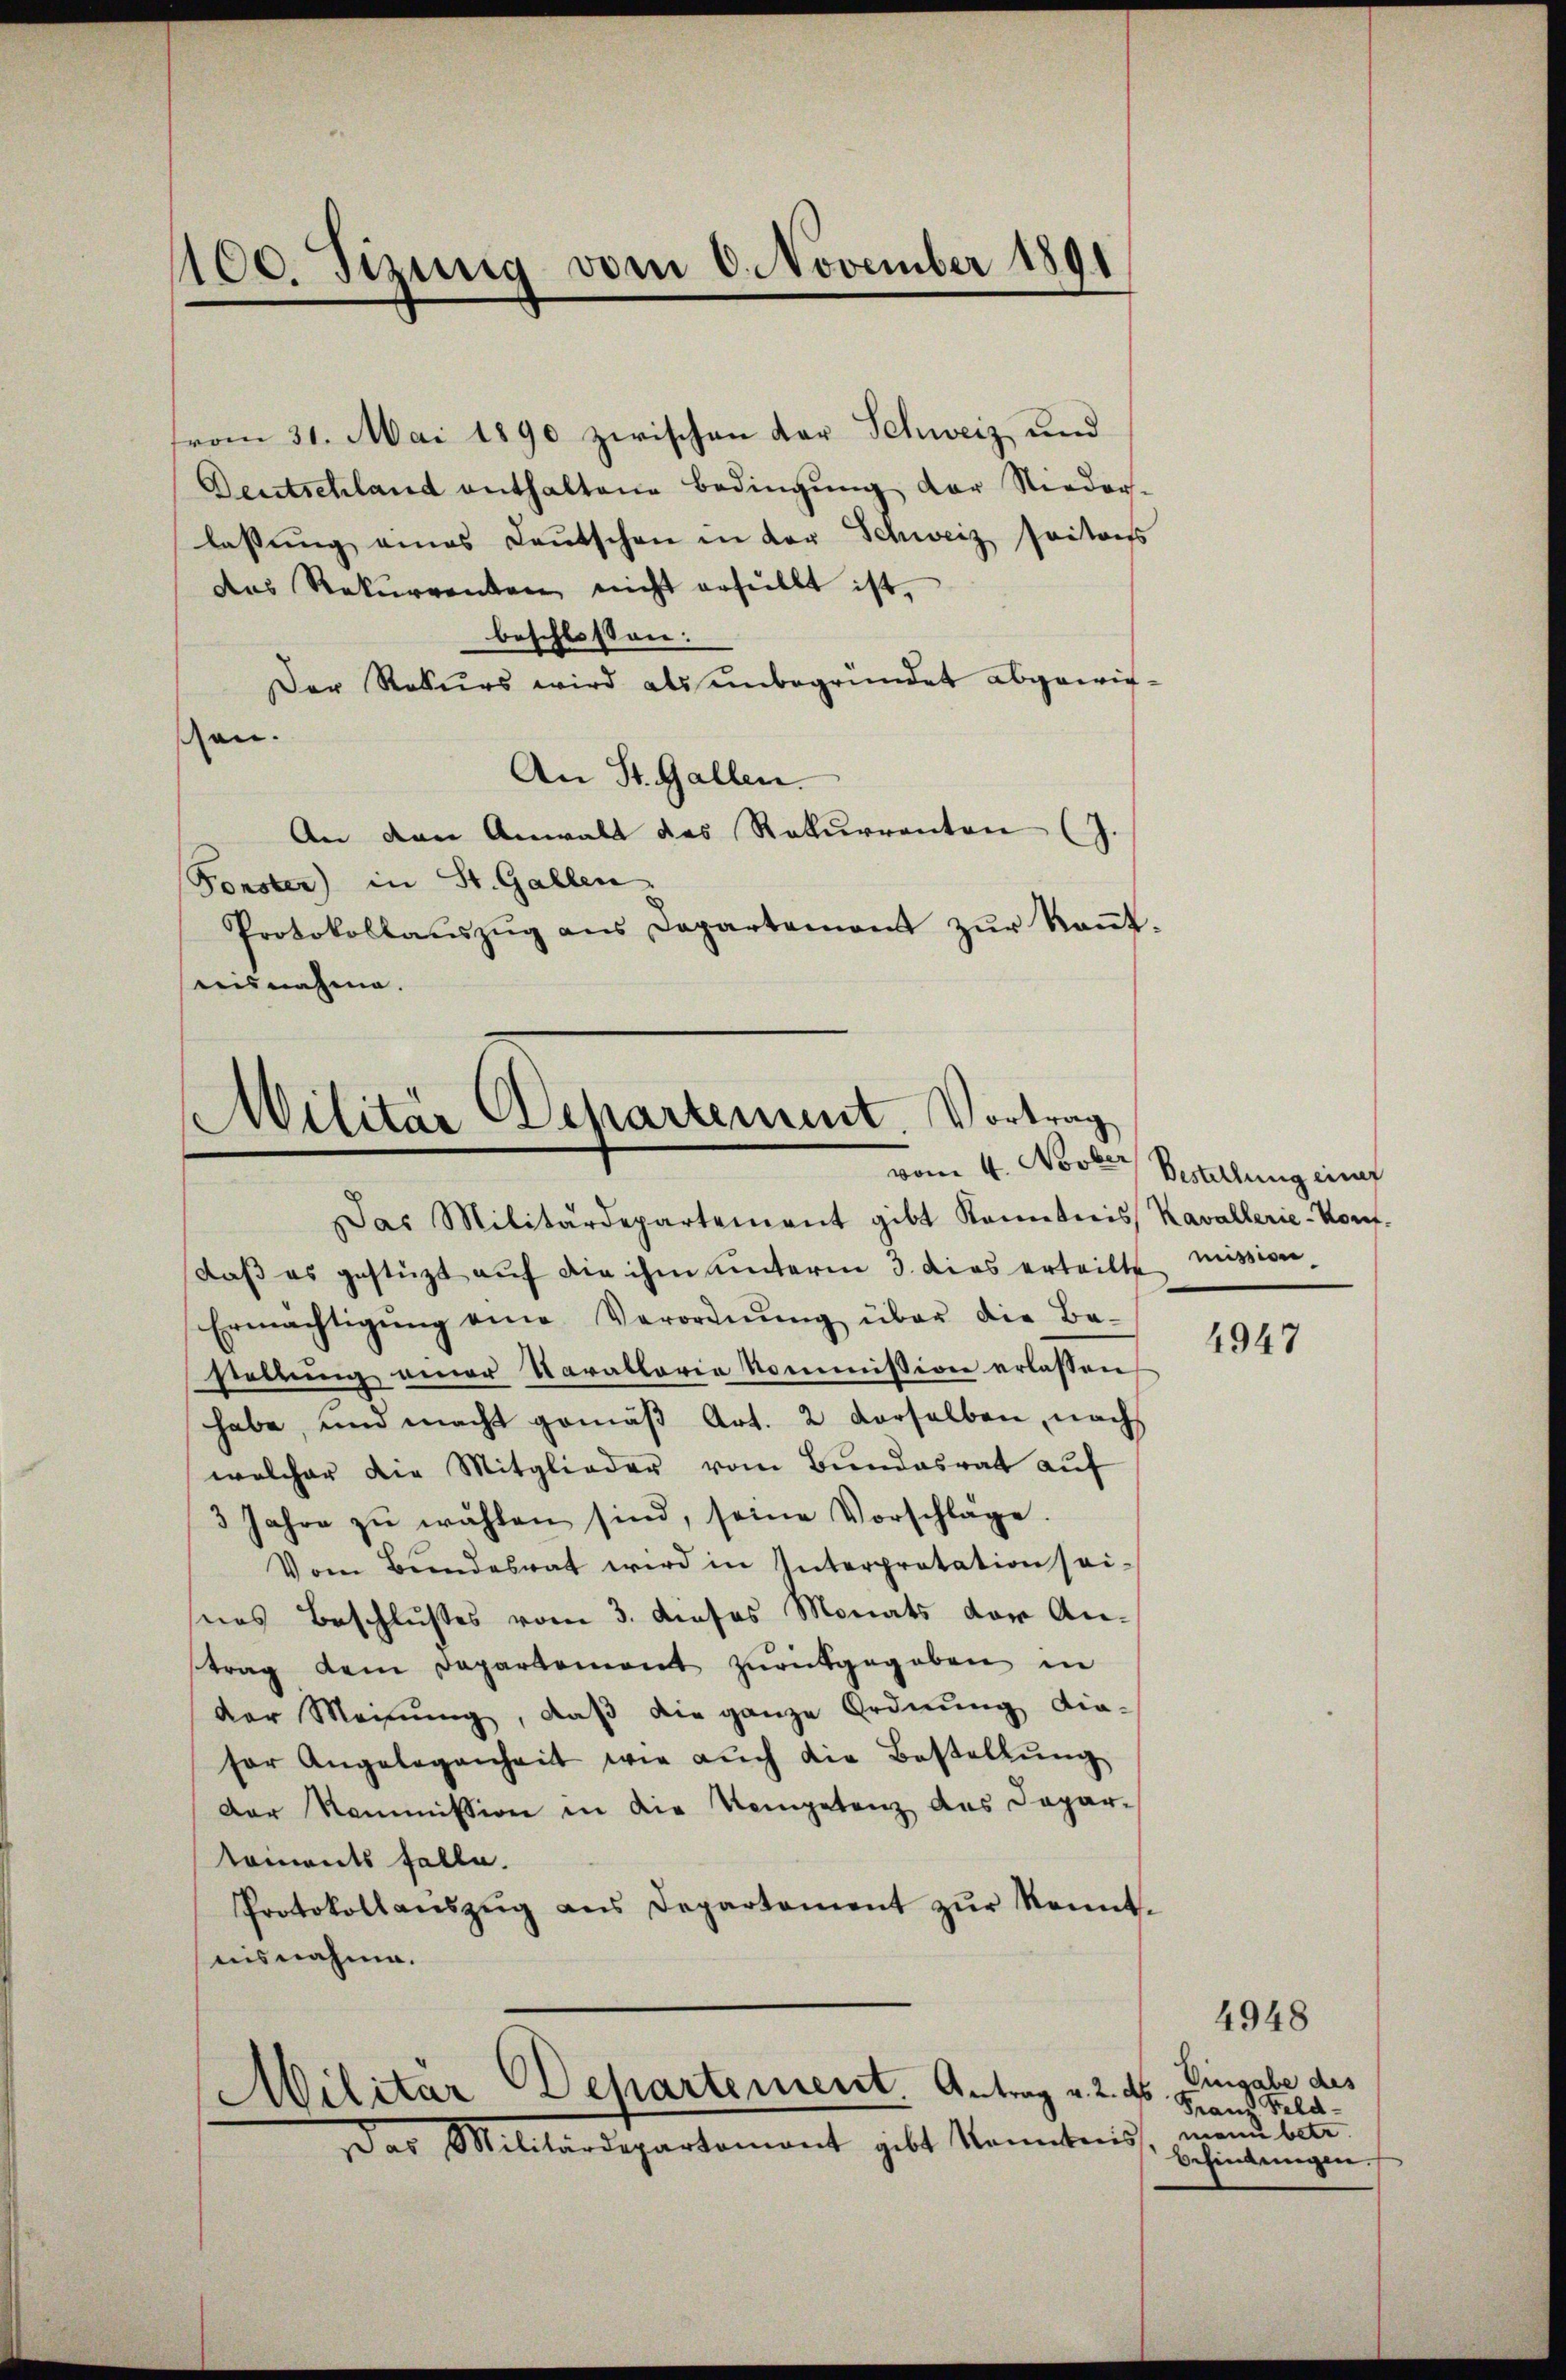
1100. Sizung vom 6. November 1891

vom 31. Mai 1890 zwischen der Schweiz und
Deutschland enthaltene Bedingung der Nieder-
lassung eines Lautschen in der Schweiz saitals
das Rekŭrrenten nicht anfüllt ist.
beschlossen:
Der Rekurs wird als unbegründet abgewieschen.
An St. Gallen.
An den Anwalt des Rekurrenten (J.
Fonster) in St. Gallen
Protokollaŭszŭg ans Departement zŭr Keṅt-
eisnahme.

Militär Departement. Vortrag
vom 4. Novber Bestellung ein

Das Militärdepartement gibt Kenntnis Kavallerie-Kon-
daß es gestüzt auf die ihm unterm 3. dies erteilte mission
Ermächtigŭng eine Verordnŭng über die Be-
stellŭng einer Varallerie kommission erlassen
habe, und macht gemäß Art. 2 derselben, nach
welcher die Mitglieder vom Bundesrat auf
3 Jahre zŭ wählen sind, seine Vorschläge.
Vom Bŭndesrat wird in Interprotation sei-
seas Beschlußes vom 3. dieses Monats der An-
trag dem Departement zurückgegeben in
der Meinŭng, daβ die ganze Ordnung die-
sor Angelegenheit wie aŭch die Bestellŭng
Der Kommission in die Kompetenz des Depar-
koments falle.
Protokollaŭszŭg ans Departement zŭr Kennt-
aisnahme.

Militär Departement. Antrag v. 2. ds

Das Militärdepartamont gibt Kenntnis, man betr

4947

4948

Vingabe des
Franz Feld¬
Behindungen.